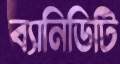
ব্যানিডিটি